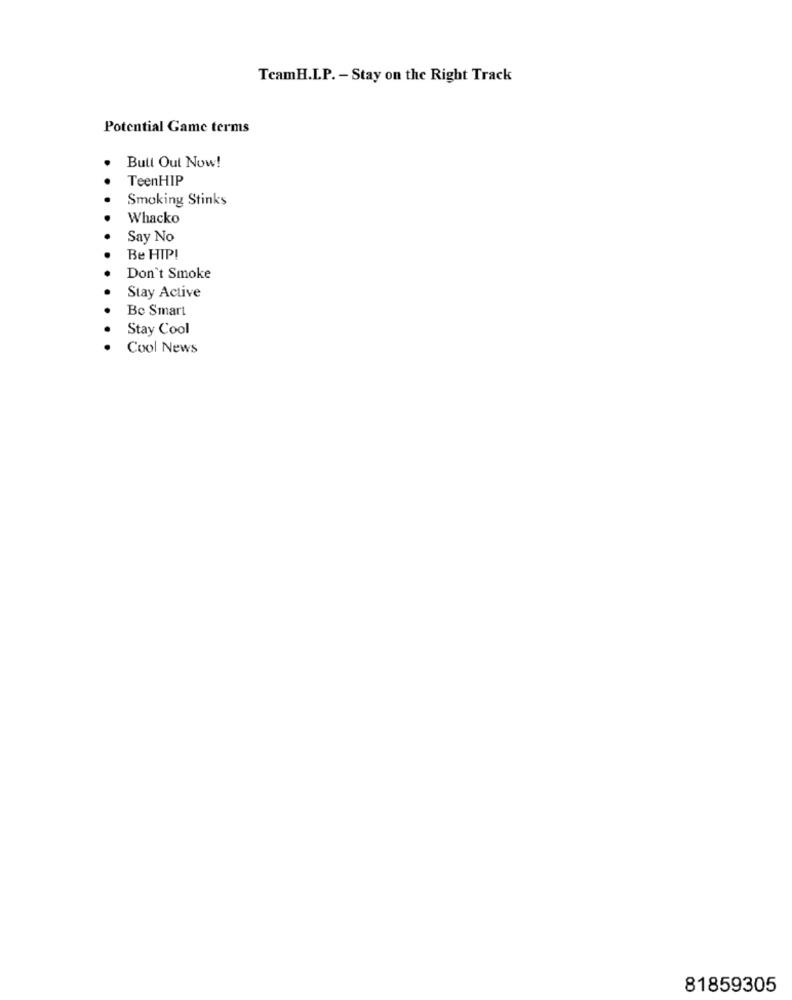
TeamH.L.P. - Stay on the Right Track
Potential Game terms
Bull Out Now!
TeenHIP
Smoking Stinks
Whacko
Say No
Be HIPI
Don't Smoke
Stay Active
Be Smart
Stay Cool
Cool News
81859305